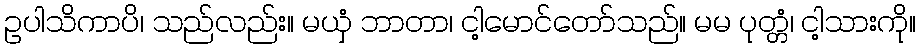
ဥပါသိကာပိ၊ သည်လည်း။ မယှံ ဘာတာ၊ ငါ့မောင်တော်သည်။ မမ ပုတ္တံ၊ ငါ့သားကို။